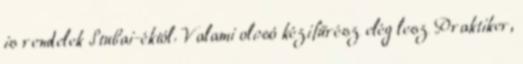
is rendelek Stubai-éktól. Valami olcsó kézifűrész elég lesz Praktiker,